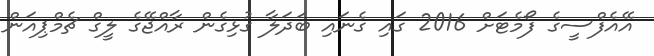
އޭއެފްސީގެ ފޯމެޓަށް 2016 ގައި ގެނައި ބަދަލާ ގުޅިގެން ރާއްޖޭގެ ލީގް ޗެމްޕިއަން